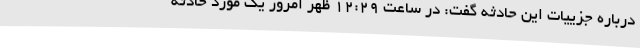
درباره جزییات این حادثه گفت: در ساعت ۱۲:۲۹ ظهر امروز یک مورد حادثه